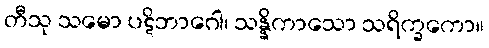
တီသု သမော ပဋိဘာဂေါ၊ သန္နိကာသော သရိက္ခကော။